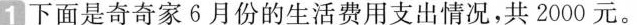
1下面是奇奇家6月份的生活费用支出情况，共2000元。